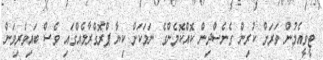
ޓީވީއެމުން ވަރަށް ކުރިން ގެނެސްދިން ކޮއްކޮމެންގެ ނަމަކަށް ކިޔާ ޕްރޮގްރާމެއްގައި ވެސް ބައިވެރިވަން